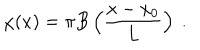
\chi ( x ) = \pi B \left( \frac { x - x _ { 0 } } { L } \right) \ .